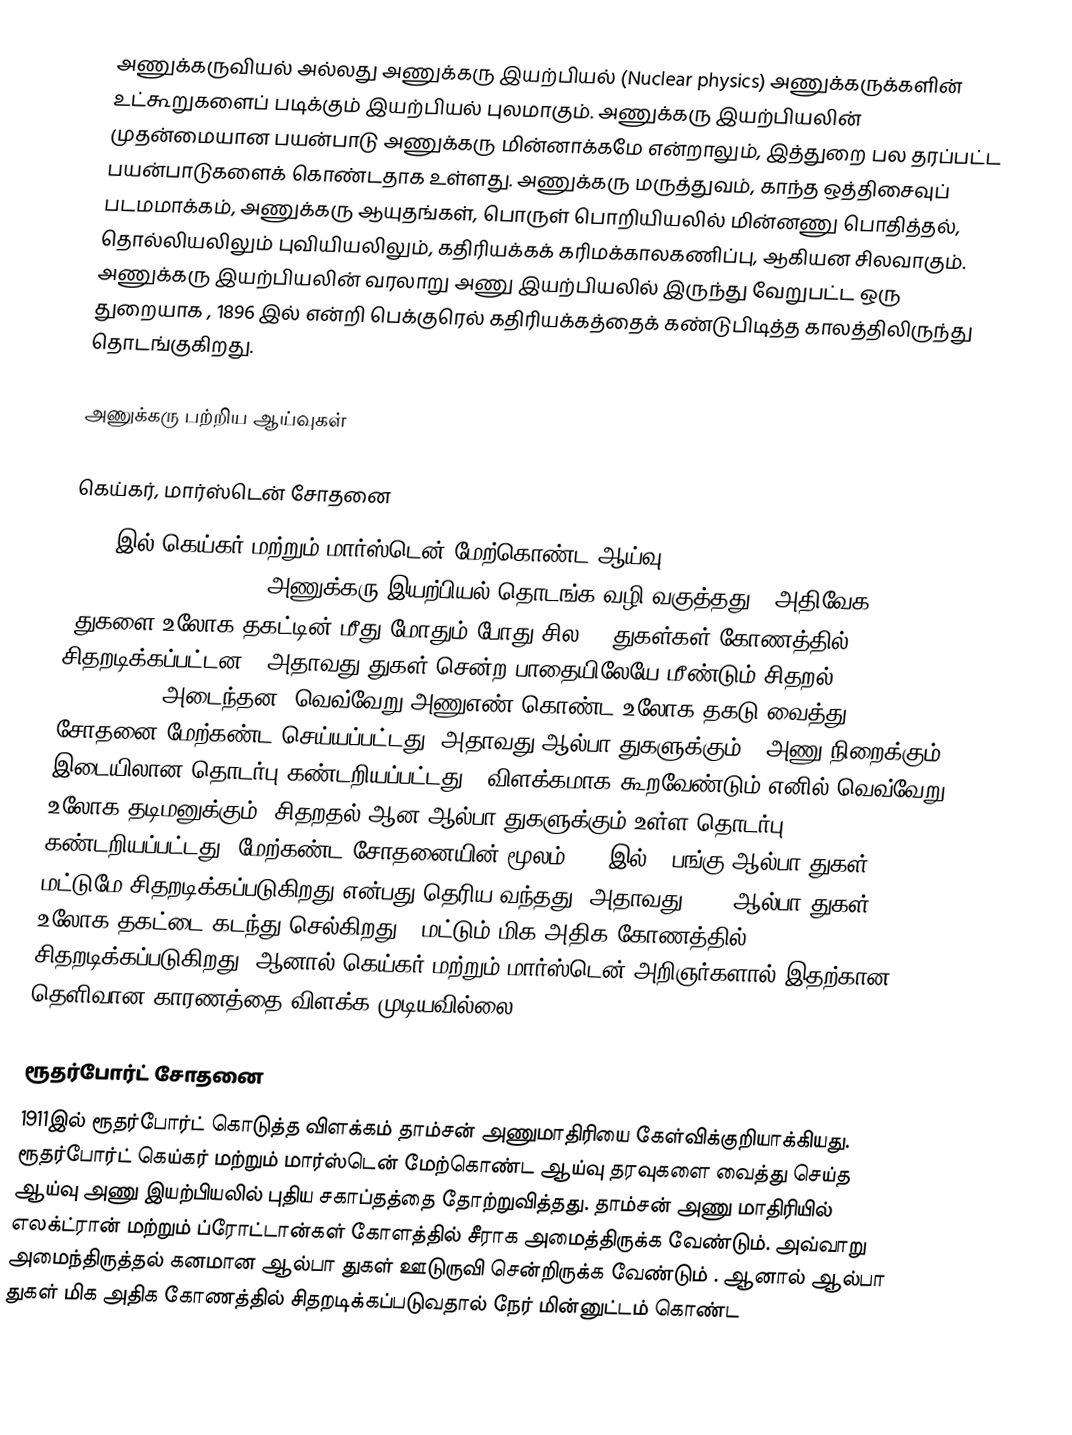
அணுக்கருவியல் அல்லது அணுக்கரு இயற்பியல் (Nuclear physics) அணுக்கருக்களின் உட்கூறுகளைப்  படிக்கும் இயற்பியல் புலமாகும். அணுக்கரு இயற்பியலின் முதன்மையான பயன்பாடு அணுக்கரு மின்னாக்கமே என்றாலும், இத்துறை பல தரப்பட்ட பயன்பாடுகளைக் கொண்டதாக உள்ளது.  அணுக்கரு மருத்துவம், காந்த ஒத்திசைவுப் படமமாக்கம், அணுக்கரு ஆயுதங்கள், பொருள் பொறியியலில் மின்னணு பொதித்தல், தொல்லியலிலும் புவியியலிலும், கதிரியக்கக் கரிமக்காலகணிப்பு, ஆகியன சிலவாகும். அணுக்கரு இயற்பியலின் வரலாறு அணு இயற்பியலில் இருந்து வேறுபட்ட ஒரு துறையாக , 1896 இல் என்றி பெக்குரெல் கதிரியக்கத்தைக் கண்டுபிடித்த காலத்திலிருந்து தொடங்குகிறது.

அணுக்கரு பற்றிய ஆய்வுகள்

கெய்கர், மார்ஸ்டென் சோதனை
1909-இல் கெய்கர்  மற்றும் மார்ஸ்டென் மேற்கொண்ட ஆய்வு [ H. Geiger and E. Marsden, Proc. Roy. Soc., 82, 495 1 ]  அணுக்கரு இயற்பியல் தொடங்க வழி வகுத்தது . அதிவேக α -துகளை உலோக தகட்டின்  மீது மோதும் போது சில α -துகள்கள் கோணத்தில் சிதறடிக்கப்பட்டன . அதாவது துகள் சென்ற பாதையிலேயே மீண்டும் சிதறல் (back scattering) அடைந்தன. வெவ்வேறு அணுஎண்  கொண்ட உலோக தகடு வைத்து சோதனை மேற்கண்ட செய்யப்பட்டது. அதாவது ஆல்பா துகளுக்கும் , அணு நிறைக்கும் இடையிலான தொடர்பு கண்டறியப்பட்டது . விளக்கமாக கூறவேண்டும் எனில் வெவ்வேறு  உலோக தடிமனுக்கும், சிதறதல் ஆன  ஆல்பா துகளுக்கும் உள்ள தொடர்பு கண்டறியப்பட்டது. மேற்கண்ட சோதனையின் மூலம் 8000இல் 1 பங்கு ஆல்பா துகள் மட்டுமே சிதறடிக்கப்படுகிறது என்பது தெரிய வந்தது. அதாவது 7999 ஆல்பா துகள் உலோக தகட்டை கடந்து செல்கிறது 1 மட்டும் மிக அதிக கோணத்தில் சிதறடிக்கப்படுகிறது. ஆனால் கெய்கர்  மற்றும் மார்ஸ்டென் அறிஞர்களால்  இதற்கான தெளிவான காரணத்தை விளக்க முடியவில்லை.

ரூதர்போர்ட்  சோதனை
1911இல்  ரூதர்போர்ட் கொடுத்த விளக்கம் தாம்சன் அணுமாதிரியை கேள்விக்குறியாக்கியது. ரூதர்போர்ட்  கெய்கர்  மற்றும் மார்ஸ்டென் மேற்கொண்ட ஆய்வு தரவுகளை வைத்து செய்த ஆய்வு அணு இயற்பியலில் புதிய சகாப்தத்தை தோற்றுவித்தது. தாம்சன் அணு மாதிரியில் எலக்ட்ரான் மற்றும் ப்ரோட்டான்கள் கோளத்தில் சீராக அமைத்திருக்க வேண்டும். அவ்வாறு அமைந்திருத்தல் கனமான ஆல்பா துகள் ஊடுருவி சென்றிருக்க வேண்டும் . ஆனால் ஆல்பா துகள் மிக அதிக கோணத்தில் சிதறடிக்கப்படுவதால் நேர் மின்னுட்டம் கொண்ட